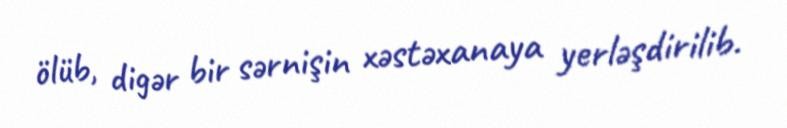
ölüb, digər bir sərnişin xəstəxanaya yerləşdirilib.